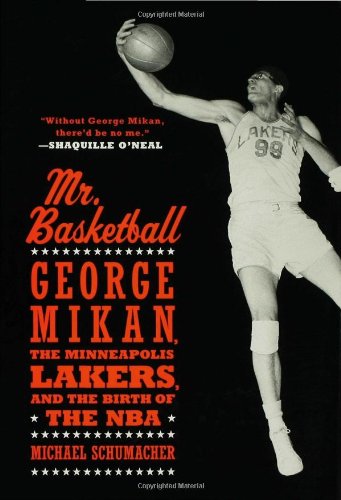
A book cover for Mr. Basketball: George Mikan, the Minneapolis Lakers, and the Birth of the NBA; Michael Schumacher; Sports & Outdoors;